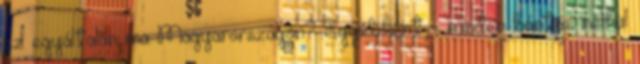
ez egyáltalán ma Magyarországon? Egyébként - minden bántás nélkül